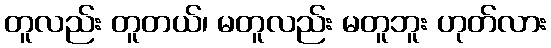
တူလည်း တူတယ်၊ မတူလည်း မတူဘူး ဟုတ်လား